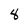
Character: 8